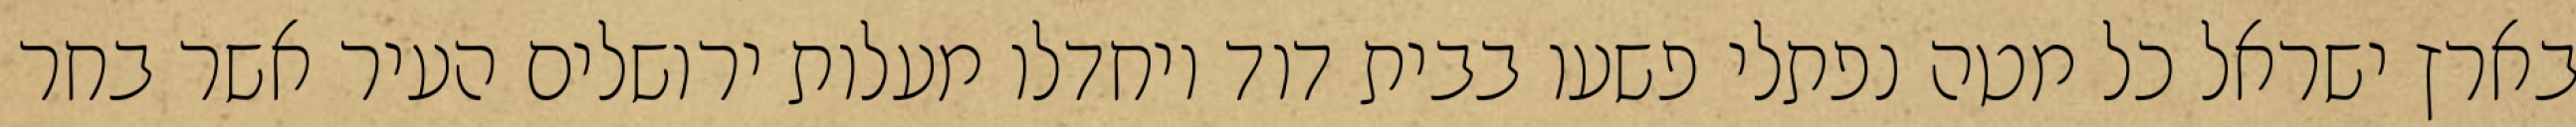
בארץ ישראל כל מטה נפתלי פשעו בבית דוד ויחדלו מעלות ירושלים העיר אשר בחר